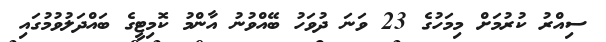
ސިއްރު ކުރުމަށް މިމަހުގެ 23 ވަނަ ދުވަހު ބޭއްވުނު އާންމު ކޮމިޓީގެ ބައްދަލުވުމުގައި